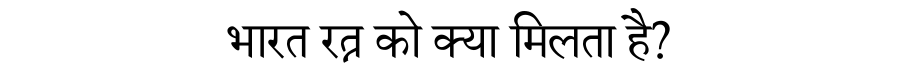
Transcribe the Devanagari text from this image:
भारत रत्न को क्या मिलता है?